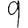
Digit: 9